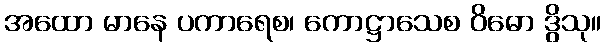
အထော မာနေ ပကာရေစ၊ ကောဋ္ဌာသေစ ဝိဓော ဒွိသု။